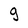
Character: g